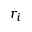
r _ { i }